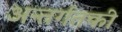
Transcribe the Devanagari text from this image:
अन्तर्गतकी